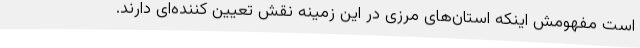
است مفهومش اینکه استان‌های مرزی در این زمینه نقش تعیین کننده‌ای دارند.